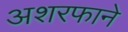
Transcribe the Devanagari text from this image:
अशरफाने